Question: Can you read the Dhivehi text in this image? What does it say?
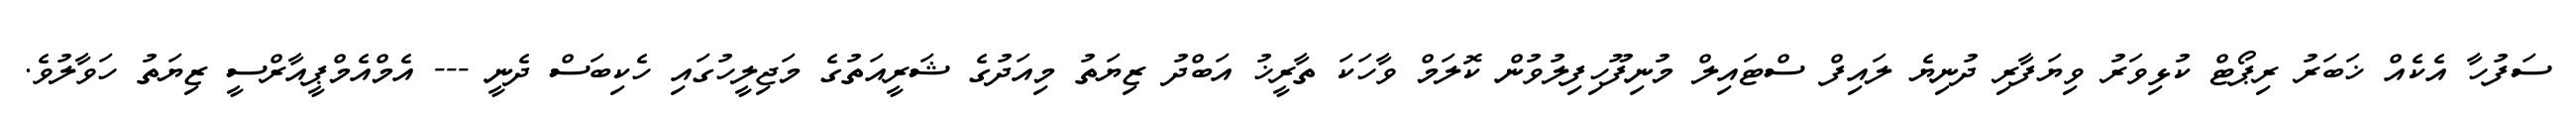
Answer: ސަފުހާ އެކެއް ޚަބަރު ރިޕޯޓް ކުޅިވަރު ވިޔަފާރި ދުނިޔެ ލައިފް ސްޓައިލް މުނިފޫހިފިލުވުން ކޮލަމް ވާހަކަ ތާރީޚު އަބްދު ޒިޔަތު މިއަދުގެ ޝަރީއަތުގެ މަޖިލީހުގައި ހެކިބަސް ދެނީ --- އެމްއެމްޕީއާރްސީ ޒިޔަތު ހަވާލުވެ.